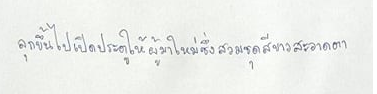
ลุกขึ้นไปเปิดประตูให้ผู้มาใหม่ซึ่งสวมชุดสีขาวสะอาดตา